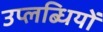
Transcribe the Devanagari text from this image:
उप्लब्धियों